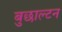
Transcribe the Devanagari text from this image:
बुछाल्टन